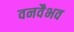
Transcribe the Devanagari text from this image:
वनवैभव